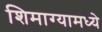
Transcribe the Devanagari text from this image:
शिमाग्यामध्ये